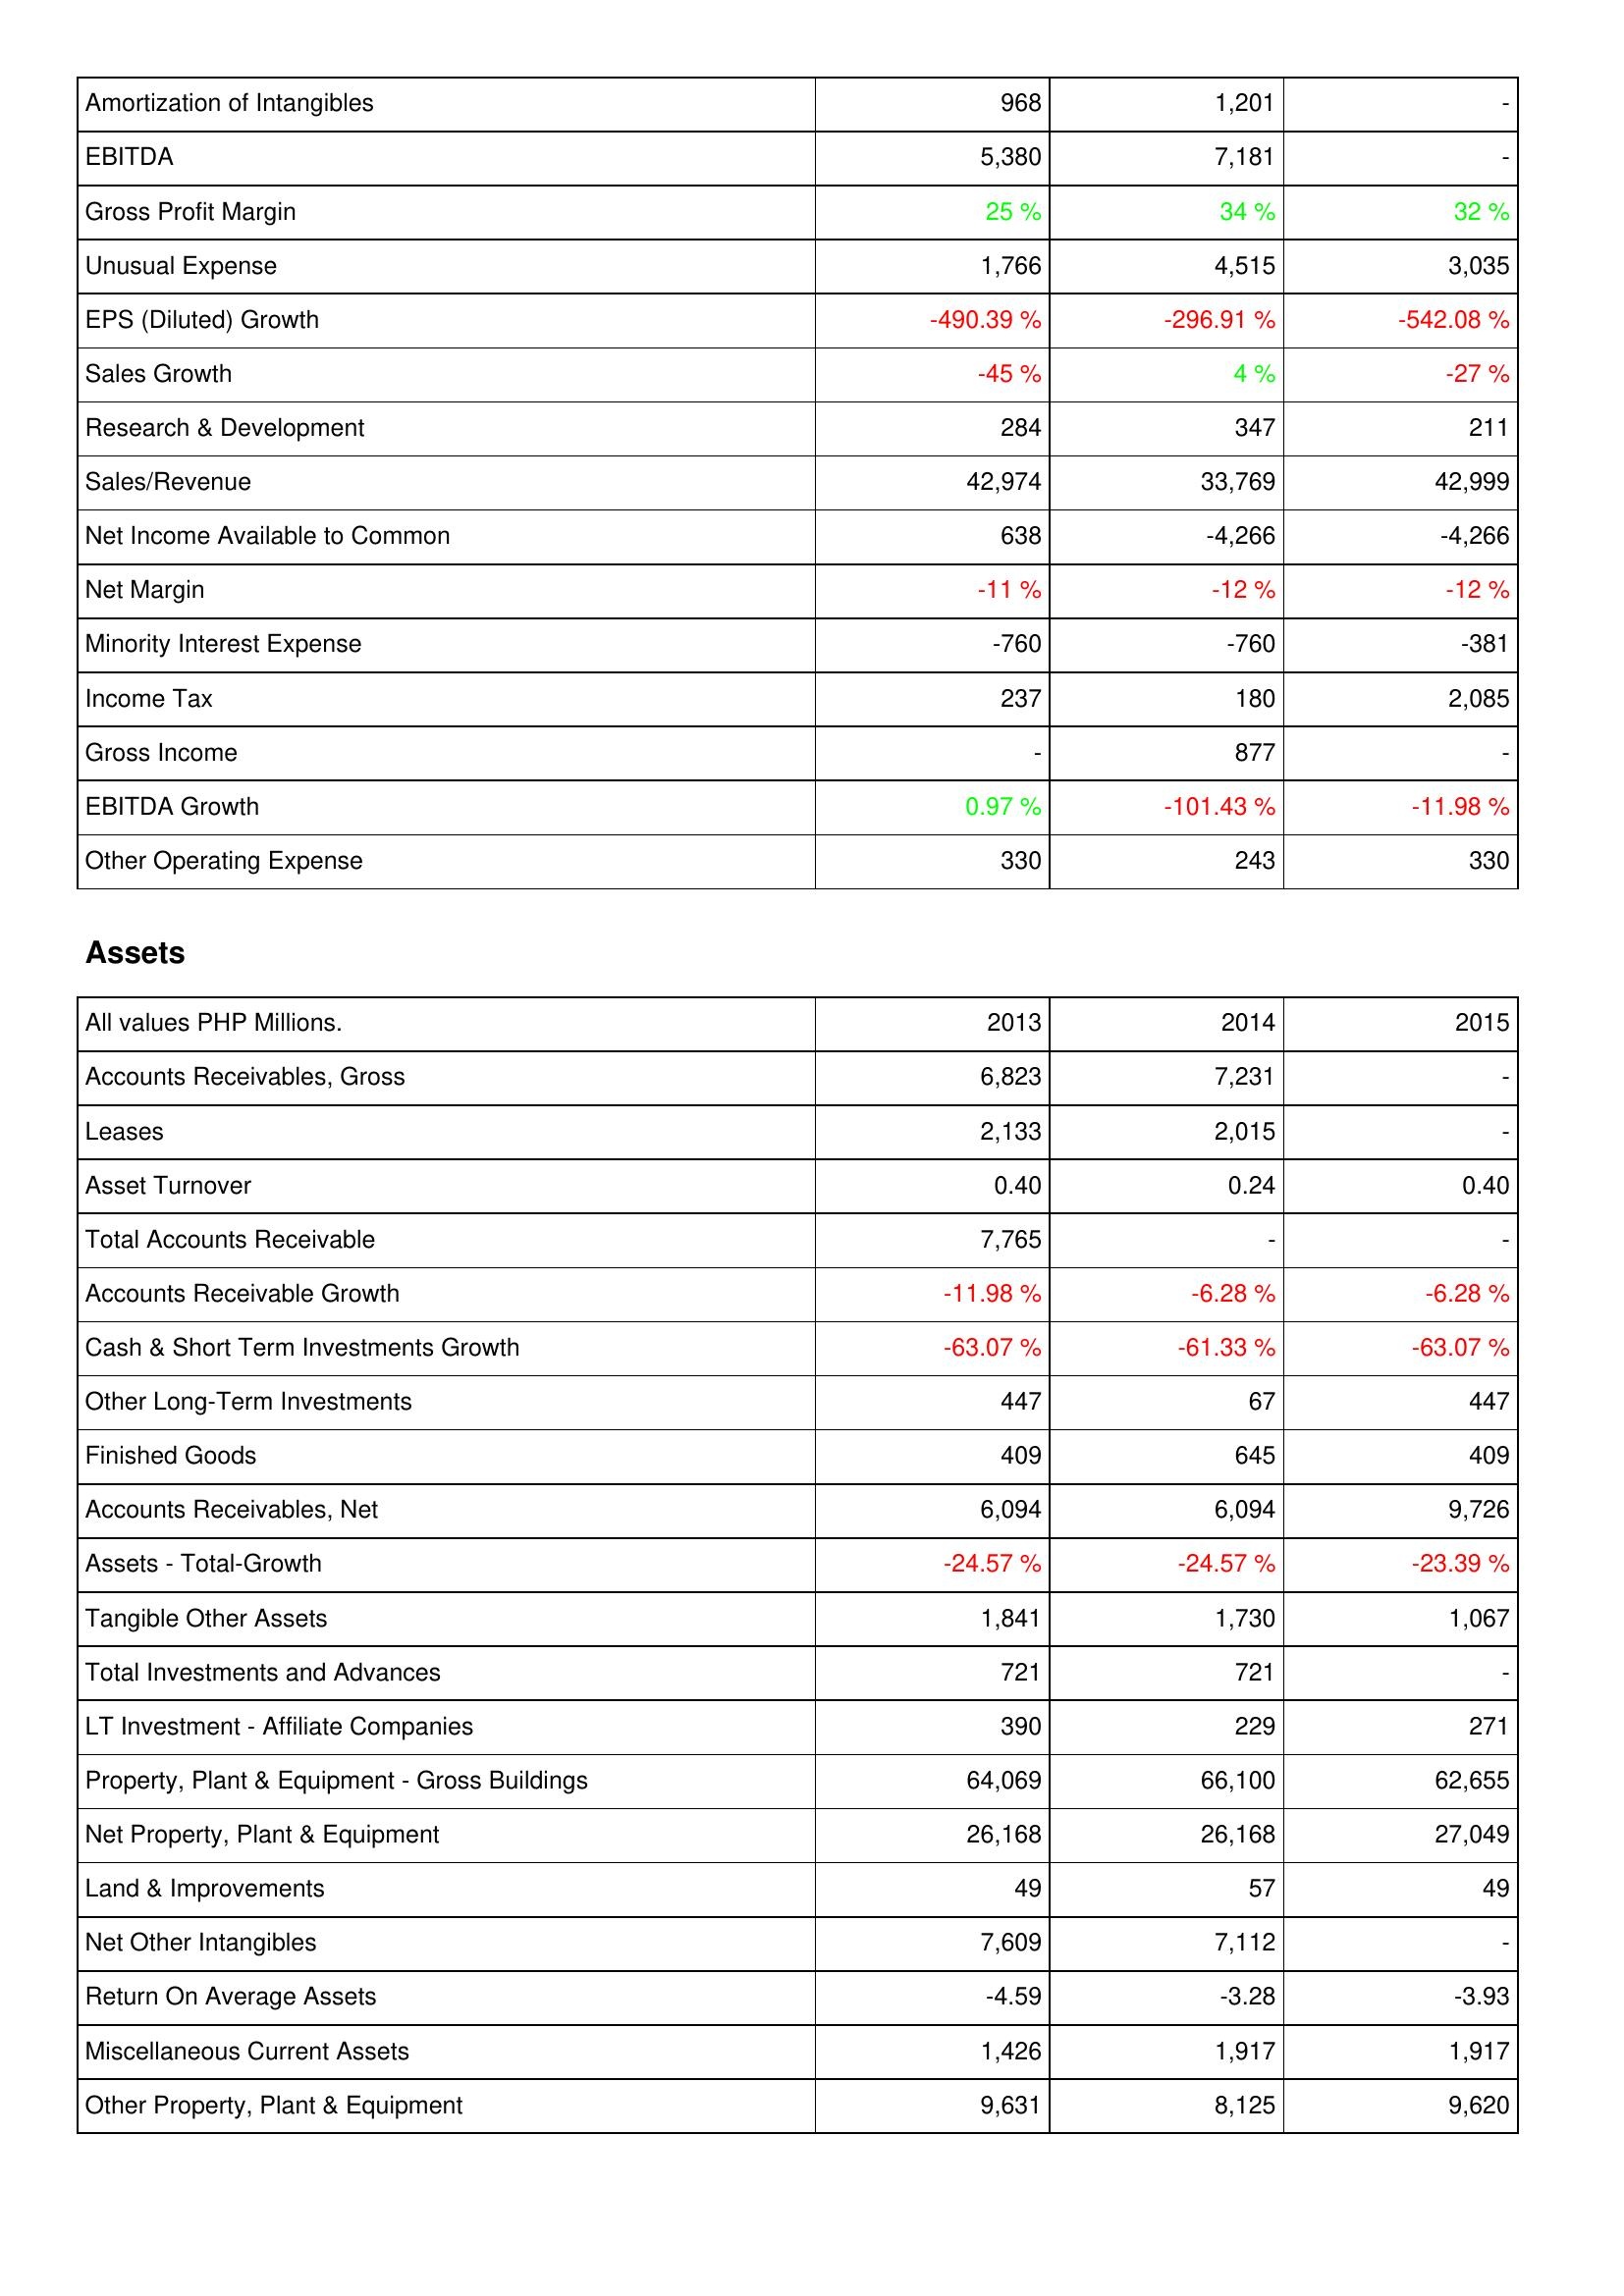
2013: Income Statement: Amortization of Intangibles: 968
EBITDA: 5,380
Gross Profit Margin: 25 %
Unusual Expense: 1,766
EPS (Diluted) Growth: -490.39 %
Sales Growth: -45 %
Research & Development: 284
Sales/Revenue: 42,974
Net Income Available to Common: 638
Net Margin: -11 %
Minority Interest Expense: -760
Income Tax: 237
Gross Income: -
EBITDA Growth: 0.97 %
Other Operating Expense: 330
Assets: Accounts Receivables, Gross: 6,823
Leases: 2,133
Asset Turnover: 0.40
Total Accounts Receivable: 7,765
Accounts Receivable Growth: -11.98 %
Cash & Short Term Investments Growth: -63.07 %
Other Long-Term Investments: 447
Finished Goods: 409
Accounts Receivables, Net: 6,094
Assets - Total-Growth: -24.57 %
Tangible Other Assets: 1,841
Total Investments and Advances: 721
LT Investment - Affiliate Companies: 390
Property, Plant & Equipment - Gross Buildings: 64,069
Net Property, Plant & Equipment: 26,168
Land & Improvements: 49
Net Other Intangibles: 7,609
Return On Average Assets: -4.59
Miscellaneous Current Assets: 1,426
Other Property, Plant & Equipment: 9,631
2014: Income Statement: Amortization of Intangibles: 1,201
EBITDA: 7,181
Gross Profit Margin: 34 %
Unusual Expense: 4,515
EPS (Diluted) Growth: -296.91 %
Sales Growth: 4 %
Research & Development: 347
Sales/Revenue: 33,769
Net Income Available to Common: -4,266
Net Margin: -12 %
Minority Interest Expense: -760
Income Tax: 180
Gross Income: 877
EBITDA Growth: -101.43 %
Other Operating Expense: 243
Assets: Accounts Receivables, Gross: 7,231
Leases: 2,015
Asset Turnover: 0.24
Total Accounts Receivable: -
Accounts Receivable Growth: -6.28 %
Cash & Short Term Investments Growth: -61.33 %
Other Long-Term Investments: 67
Finished Goods: 645
Accounts Receivables, Net: 6,094
Assets - Total-Growth: -24.57 %
Tangible Other Assets: 1,730
Total Investments and Advances: 721
LT Investment - Affiliate Companies: 229
Property, Plant & Equipment - Gross Buildings: 66,100
Net Property, Plant & Equipment: 26,168
Land & Improvements: 57
Net Other Intangibles: 7,112
Return On Average Assets: -3.28
Miscellaneous Current Assets: 1,917
Other Property, Plant & Equipment: 8,125
2015: Income Statement: Amortization of Intangibles: -
EBITDA: -
Gross Profit Margin: 32 %
Unusual Expense: 3,035
EPS (Diluted) Growth: -542.08 %
Sales Growth: -27 %
Research & Development: 211
Sales/Revenue: 42,999
Net Income Available to Common: -4,266
Net Margin: -12 %
Minority Interest Expense: -381
Income Tax: 2,085
Gross Income: -
EBITDA Growth: -11.98 %
Other Operating Expense: 330
Assets: Accounts Receivables, Gross: -
Leases: -
Asset Turnover: 0.40
Total Accounts Receivable: -
Accounts Receivable Growth: -6.28 %
Cash & Short Term Investments Growth: -63.07 %
Other Long-Term Investments: 447
Finished Goods: 409
Accounts Receivables, Net: 9,726
Assets - Total-Growth: -23.39 %
Tangible Other Assets: 1,067
Total Investments and Advances: -
LT Investment - Affiliate Companies: 271
Property, Plant & Equipment - Gross Buildings: 62,655
Net Property, Plant & Equipment: 27,049
Land & Improvements: 49
Net Other Intangibles: -
Return On Average Assets: -3.93
Miscellaneous Current Assets: 1,917
Other Property, Plant & Equipment: 9,620